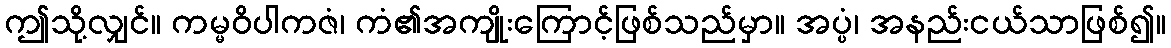
ဤသို့လျှင်။ ကမ္မဝိပါကဇံ၊ ကံ၏အကျိုးကြောင့်ဖြစ်သည်မှာ။ အပ္ပံ၊ အနည်းငယ်သာဖြစ်၍။